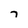
Character: 7